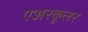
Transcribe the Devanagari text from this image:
एअरकूलर